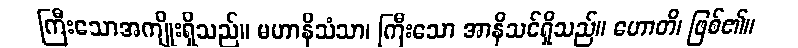
ကြီးသောအကျိုးရှိသည်။ မဟာနိသံသာ၊ ကြီးသော အာနိသင်ရှိသည်။ ဟောတိ၊ ဖြစ်၏။